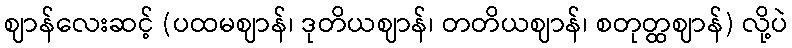
ဈာန်လေးဆင့် (ပထမဈာန်၊ ဒုတိယဈာန်၊ တတိယဈာန်၊ စတုတ္ထဈာန်) လို့ပဲ